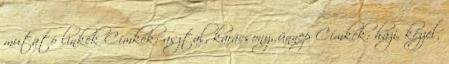
mutató linkek Címkék: asztal, karácsony, ünnep Címkék: házi, kézzel,